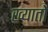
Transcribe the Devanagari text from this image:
ख्यातो